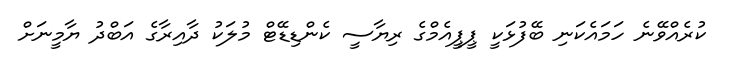
ކުރެއްވޭނެ ހަމައެކަނި ބޭފުޅަކީ ޕީޕީއެމްގެ ރިޔާސީ ކެންޑިޑޭޓް މުލަކު ދާއިރާގެ އަބްދު ޔާމީނަށް